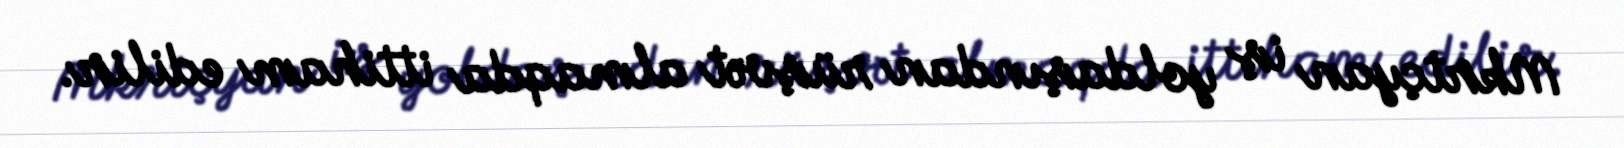
Mkrtçyan iş yoldaşından rüşvət almaqda ittiham edilir.